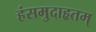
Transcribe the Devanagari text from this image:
हंसमुदाहृतम्